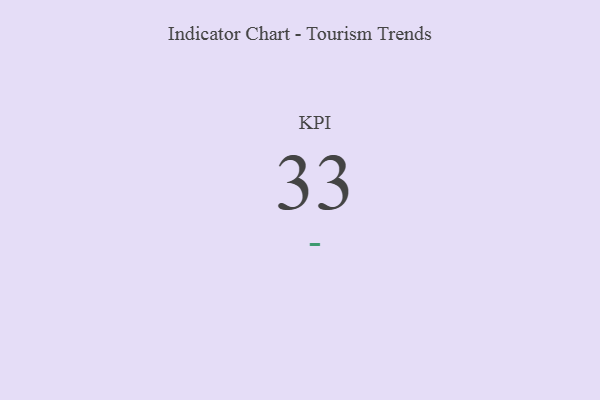
{"axis": {"x": "KPI", "y": "Value"}, "legend": [""], "data": [{"x": "KPI", "y": 33, "type": ""}]}